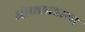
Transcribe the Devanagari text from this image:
ओक्लाहामा